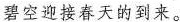
碧空迎接春天的到来。